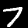
Digit: 7